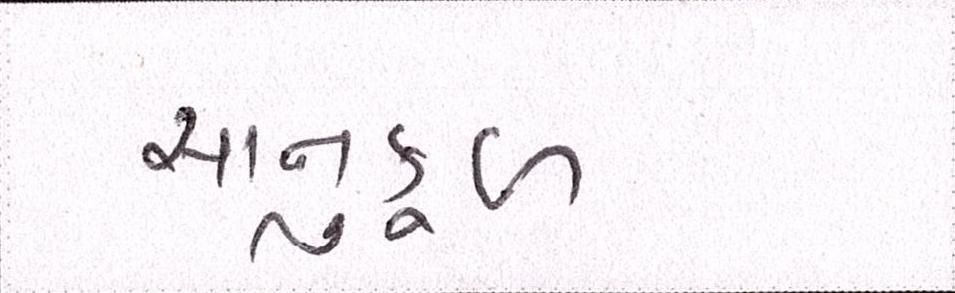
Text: સાનુકૂળ